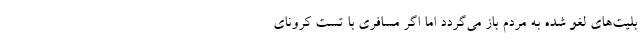
بلیت‌های لغو شده به مردم باز می‌گردد اما اگر مسافری با تست کرونای